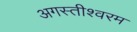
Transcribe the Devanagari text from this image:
अगस्तीश्वरम